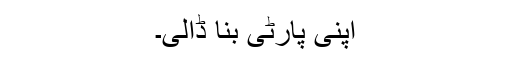
اپنی پارٹی بنا ڈالی۔